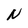
Character: N